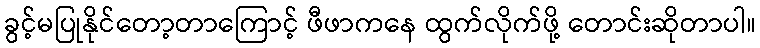
ခွင့်မပြုနိုင်တော့တာကြောင့် ဖီဖာကနေ ထွက်လိုက်ဖို့ တောင်းဆိုတာပါ။